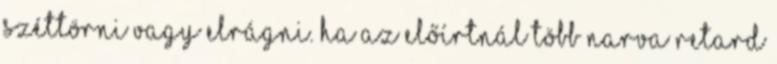
széttörni vagy elrágni. Ha az előírtnál több Narva retard